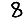
Digit: 8